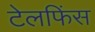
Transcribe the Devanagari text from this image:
टेलफिंस